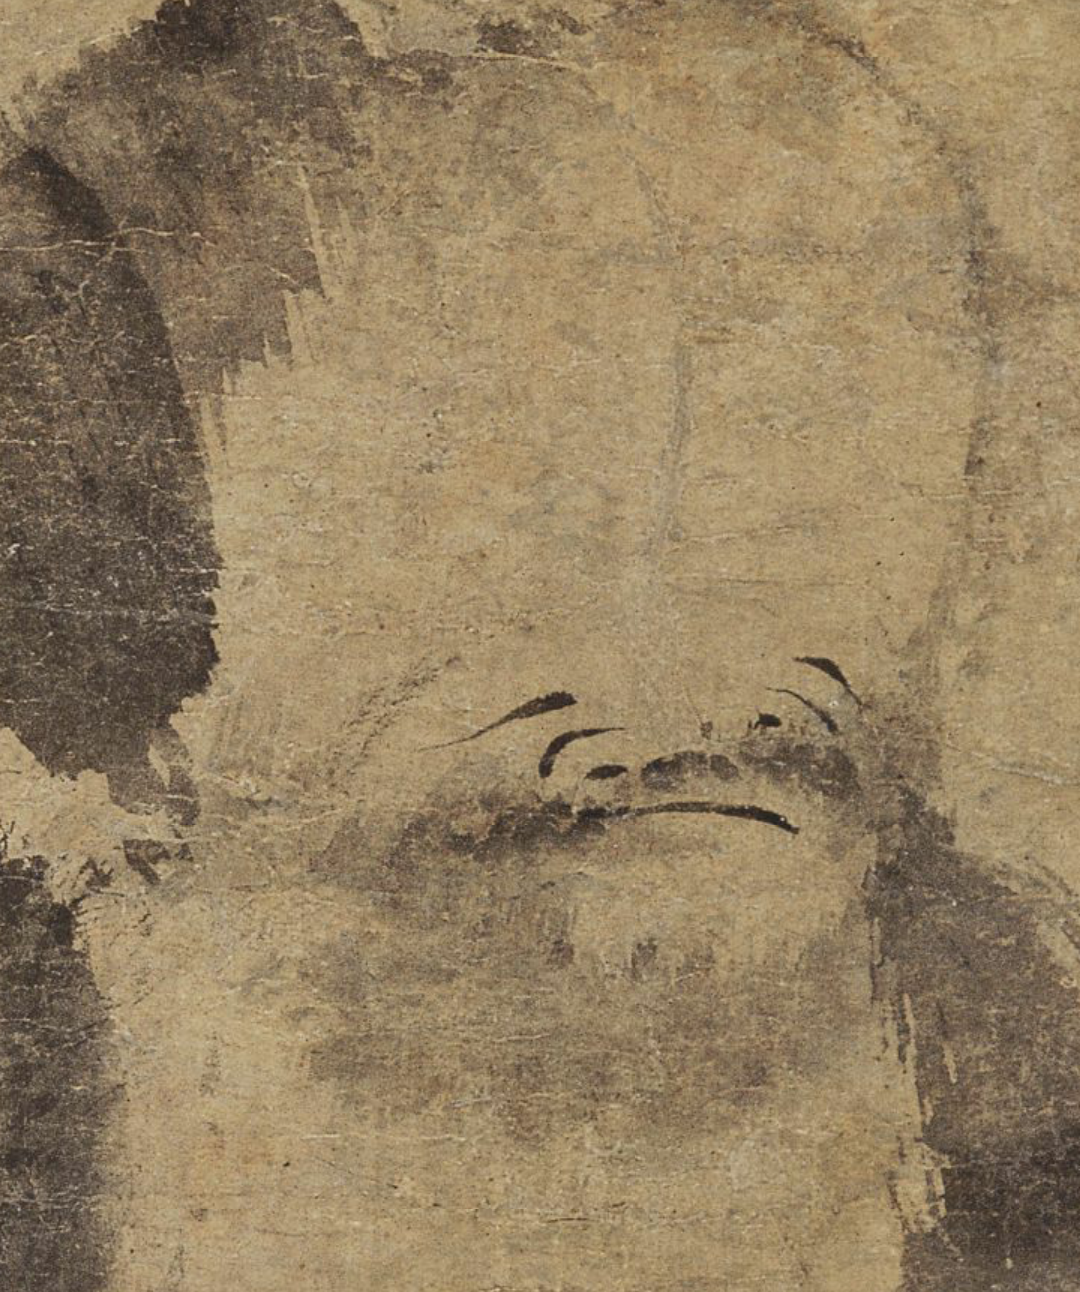
惟有楼前流水，应念我终日凝眸。